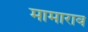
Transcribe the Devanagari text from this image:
मामाराव